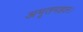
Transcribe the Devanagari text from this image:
अमृतमहल।